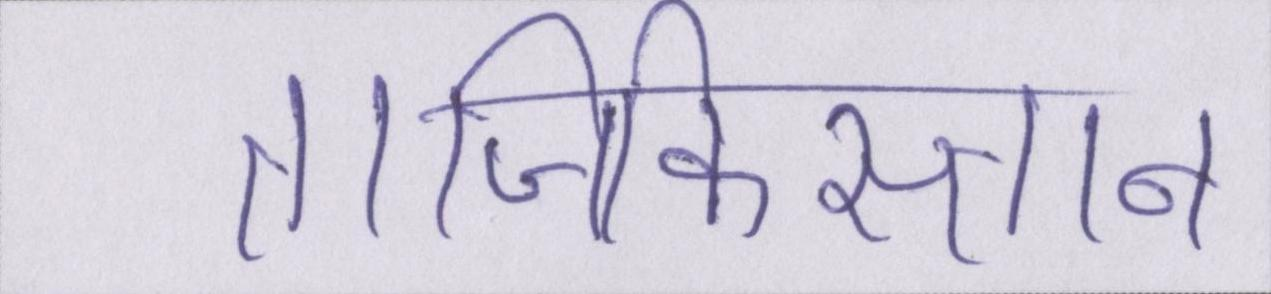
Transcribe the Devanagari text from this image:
ताजिकिस्तान